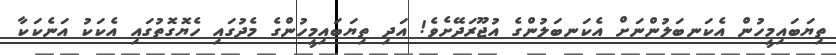
ތިޔަބައިމީހުން އެކަނބަލުންނަށް އެކަނބަލުންގެ އުޖޫރަދޭށެވެ! އަދި ތިޔަބައިމީހުންގެ މެދުގައި ހެޔޮގޮތުގައި އެކަކު އަނެކަކާ